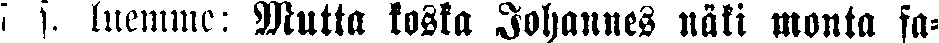
7 s. luemme: Mutta koska Johannes näki monta fa-